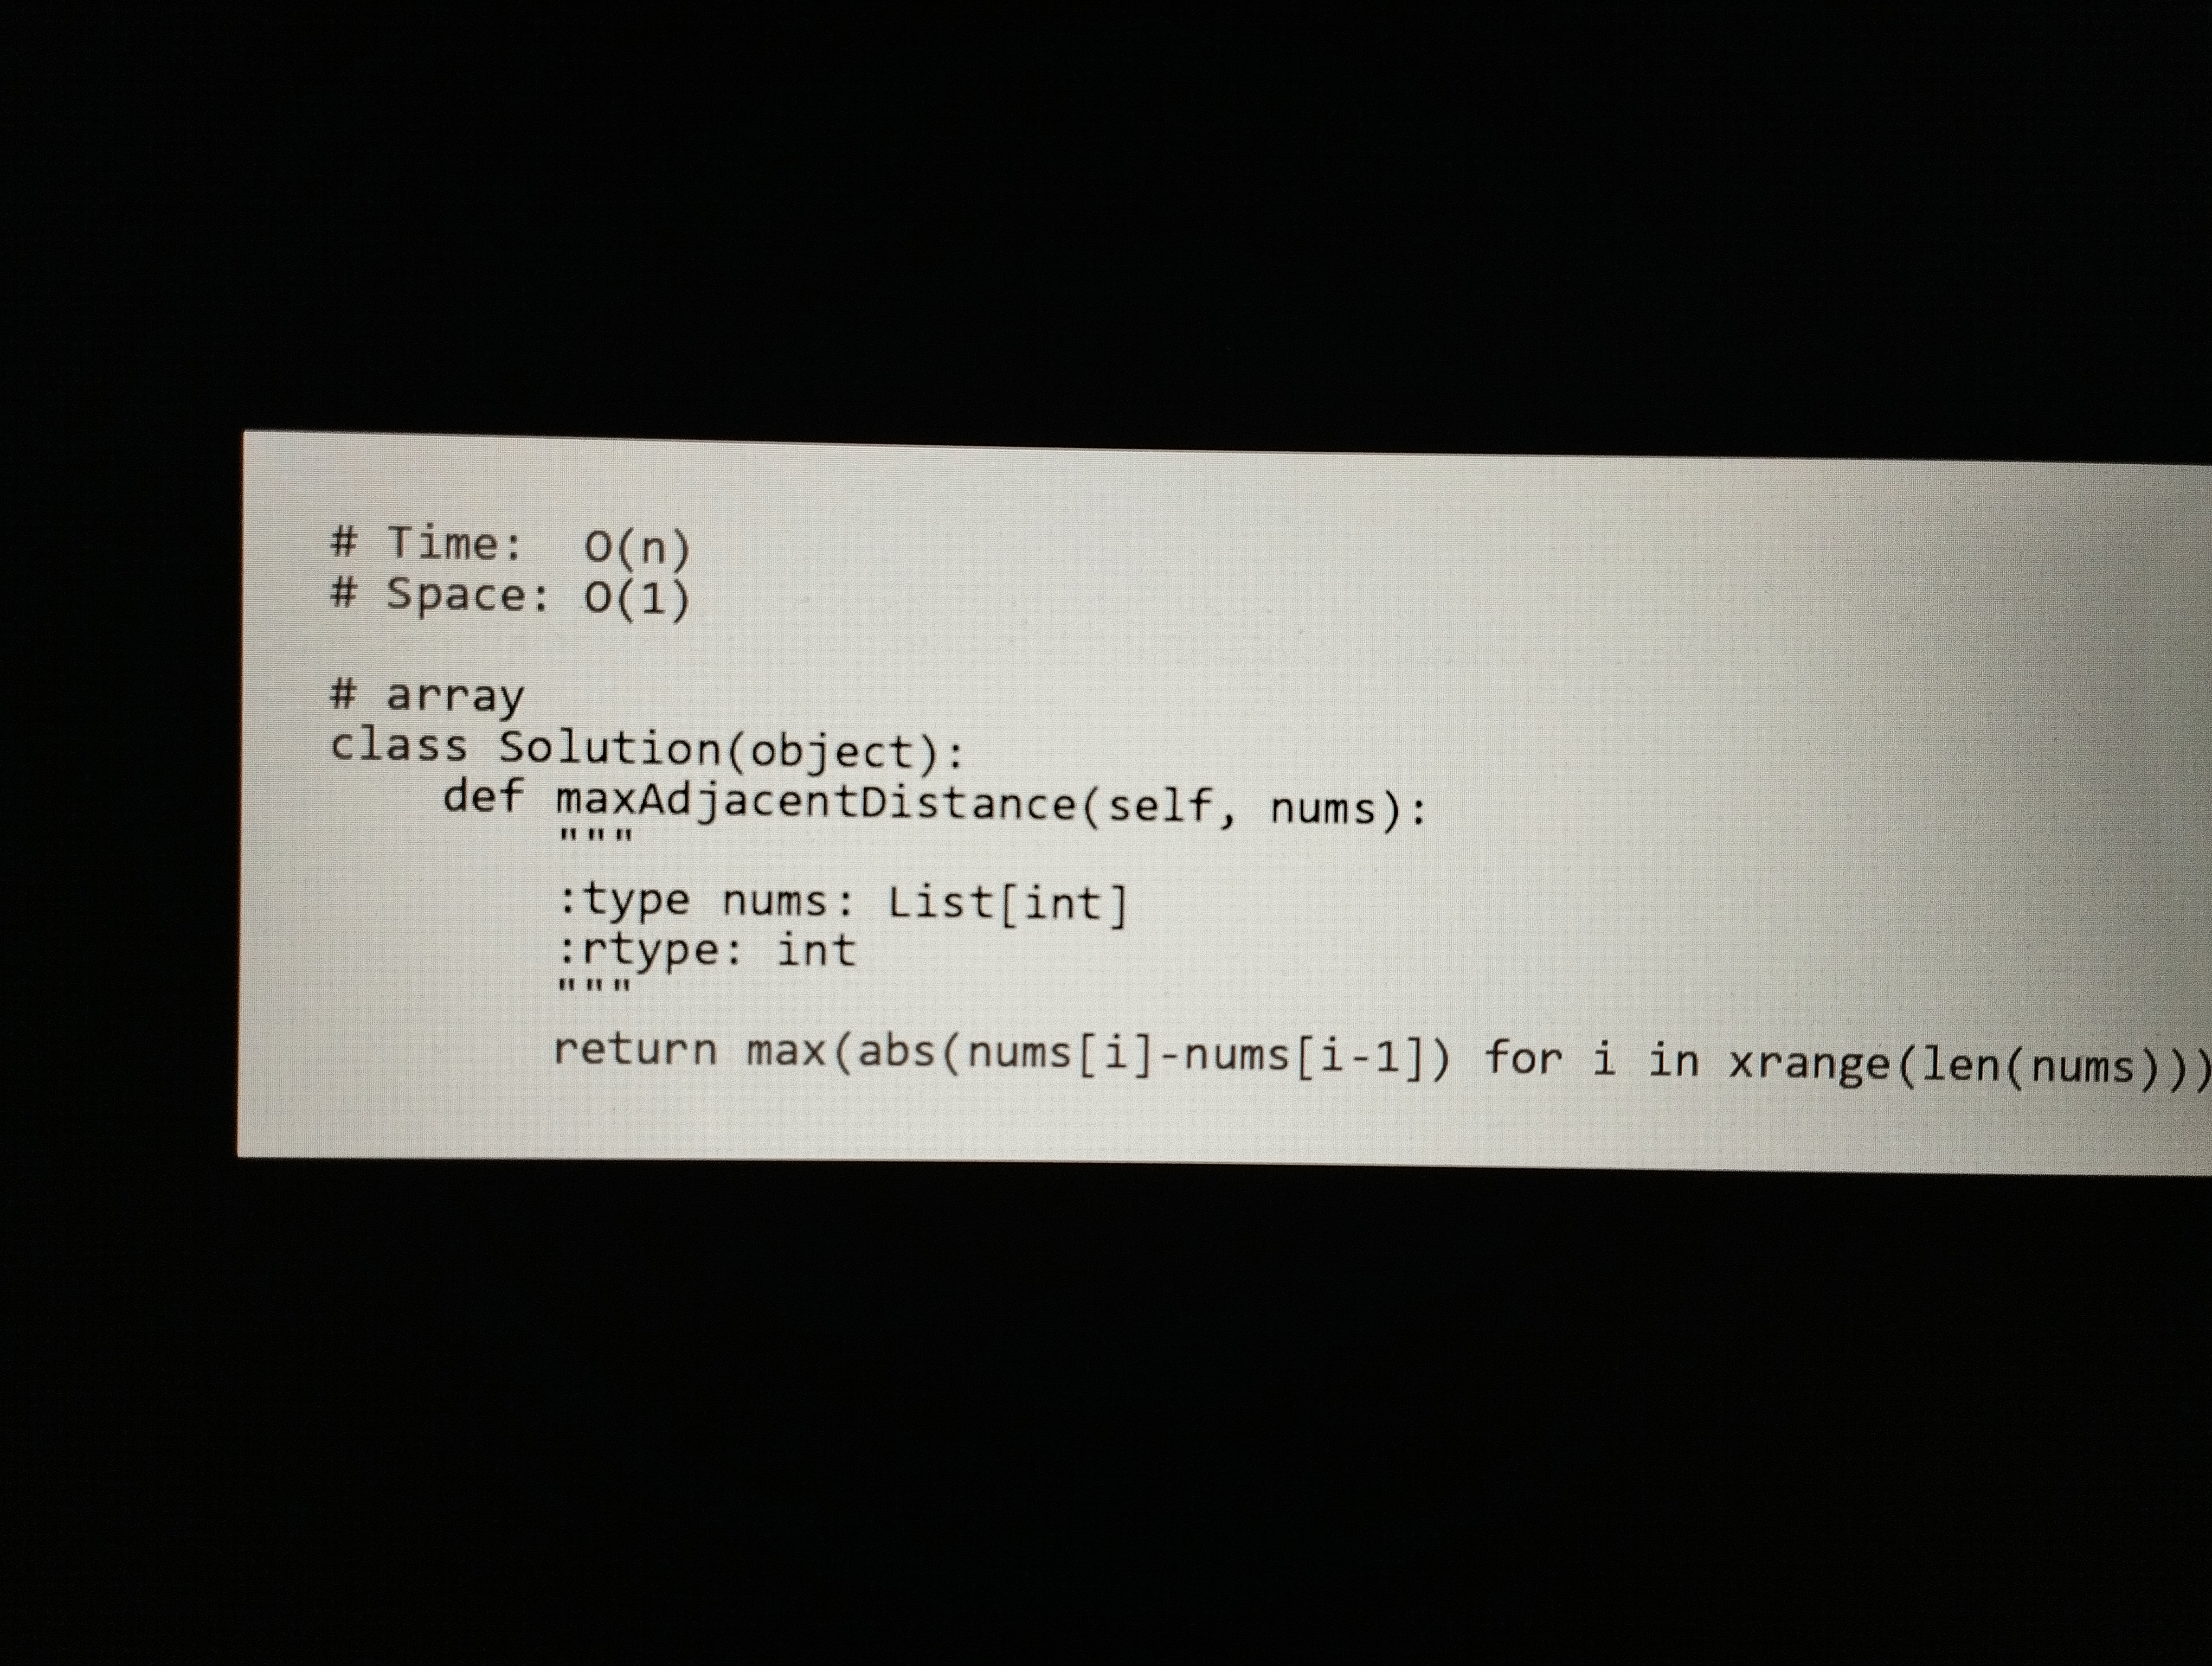
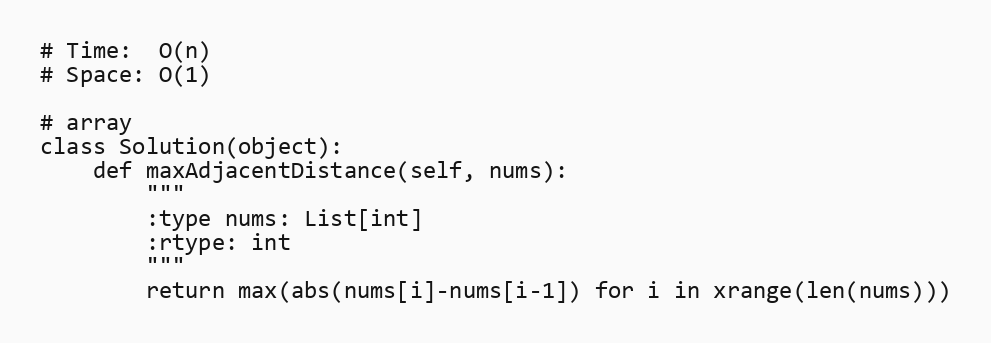
# Time:  O(n)
# Space: O(1)

# array
class Solution(object):
    def maxAdjacentDistance(self, nums):
        """
        :type nums: List[int]
        :rtype: int
        """
        return max(abs(nums[i]-nums[i-1]) for i in xrange(len(nums)))